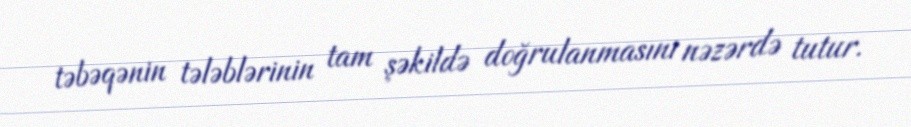
təbəqənin tələblərinin tam şəkildə doğrulanmasını nəzərdə tutur.